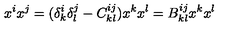
x ^ { i } x ^ { j } = ( \delta _ { k } ^ { i } \delta _ { l } ^ { j } - C _ { k l } ^ { i j } ) x ^ { k } x ^ { l } = B _ { k l } ^ { i j } x ^ { k } x ^ { l }